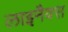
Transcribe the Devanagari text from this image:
लाइनैक्स